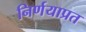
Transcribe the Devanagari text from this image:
निर्णयाप्रत